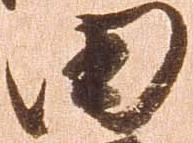
田